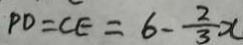
P D = C E = 6 - \frac { 2 } { 3 } x